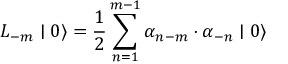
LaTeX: L _ { - m } \mid 0 \rangle = \frac { 1 } { 2 } \sum _ { n = 1 } ^ { m - 1 } { \alpha } _ { n - m } \cdot { \alpha } _ { - n } \mid 0 \rangle